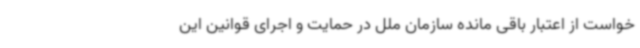
خواست از اعتبار باقی مانده سازمان ملل در حمایت و اجرای قوانین این